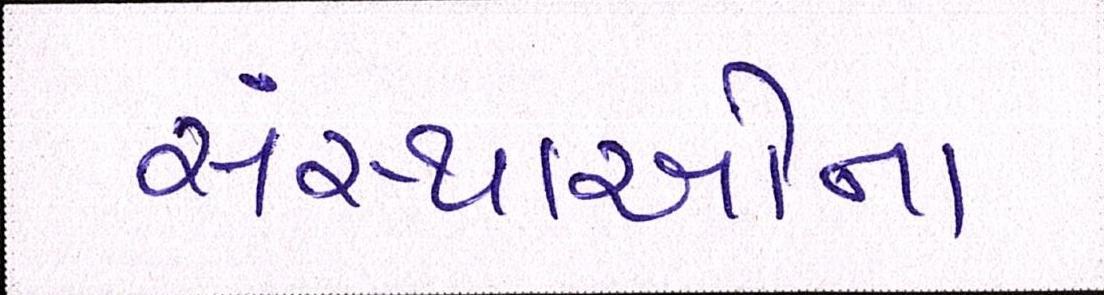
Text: સંસ્થાઓના